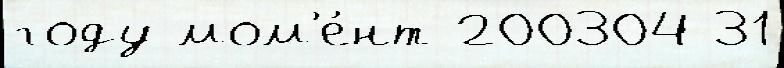
году мом'е́нт 200304 31